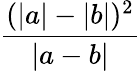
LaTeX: \frac{(|a|-|b|)^{2}}{|a-b|}